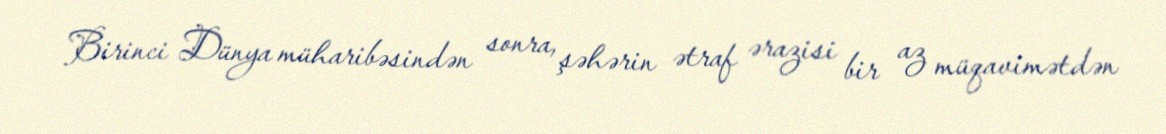
Birinci Dünya müharibəsindən sonra, şəhərin ətraf ərazisi bir az müqavimətdən